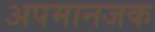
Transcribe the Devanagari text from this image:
अपमानजक